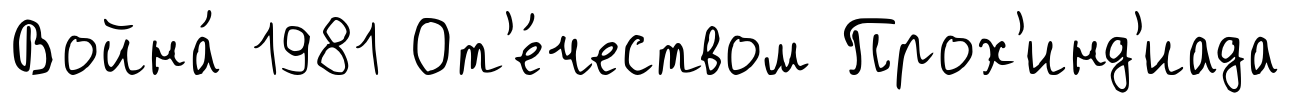
Война́ 1981 От'е́чеством Прох'инд'иада